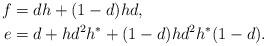
LaTeX: \begin{align*}f&=dh+(1-d)hd,\\e&=d+hd^2h^*+(1-d)hd^2h^*(1-d). \end{align*}